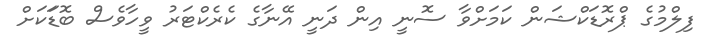
ފިލްމުގެ ޕްރޮޑަކްޝަން ކަމަށްވާ ސޮނީ އިން ދަނީ އޭނާގެ ކެރެކްޓަރު ވީހާވެސް ބޮޑަަކަށް